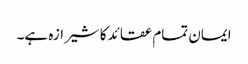
ایمان تمام عقائد کا شیرازہ ہے۔